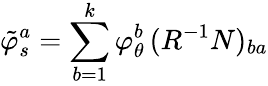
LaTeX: \tilde{\varphi}_{s}^{a}=\sum_{b=1}^{k}\varphi_{\theta}^{b}\, (R^{-1}N)_{ba}